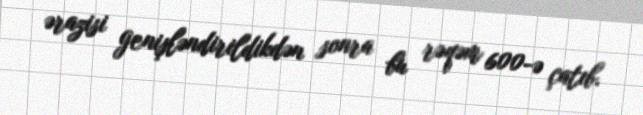
ərazisi genişləndirildikdən sonra bu rəqəm 600-ə çatıb.